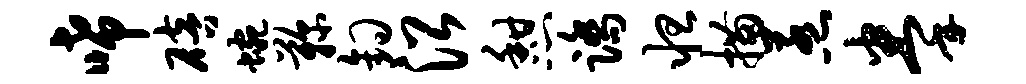
唏碚蜿鞠钩沿憩踏怛描惹拳